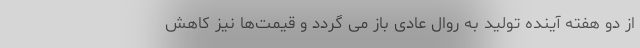
از دو هفته آینده تولید به روال عادی باز می گردد و قیمت‌ها نیز کاهش